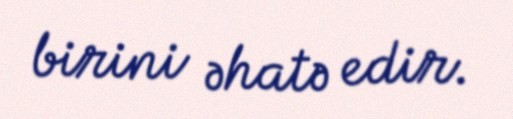
birini əhatə edir.